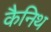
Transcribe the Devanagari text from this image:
कैनिथ